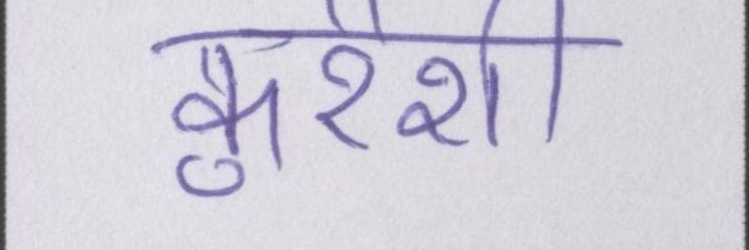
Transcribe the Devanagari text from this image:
कुरैशी